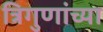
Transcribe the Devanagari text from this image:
त्रिगुणांच्या